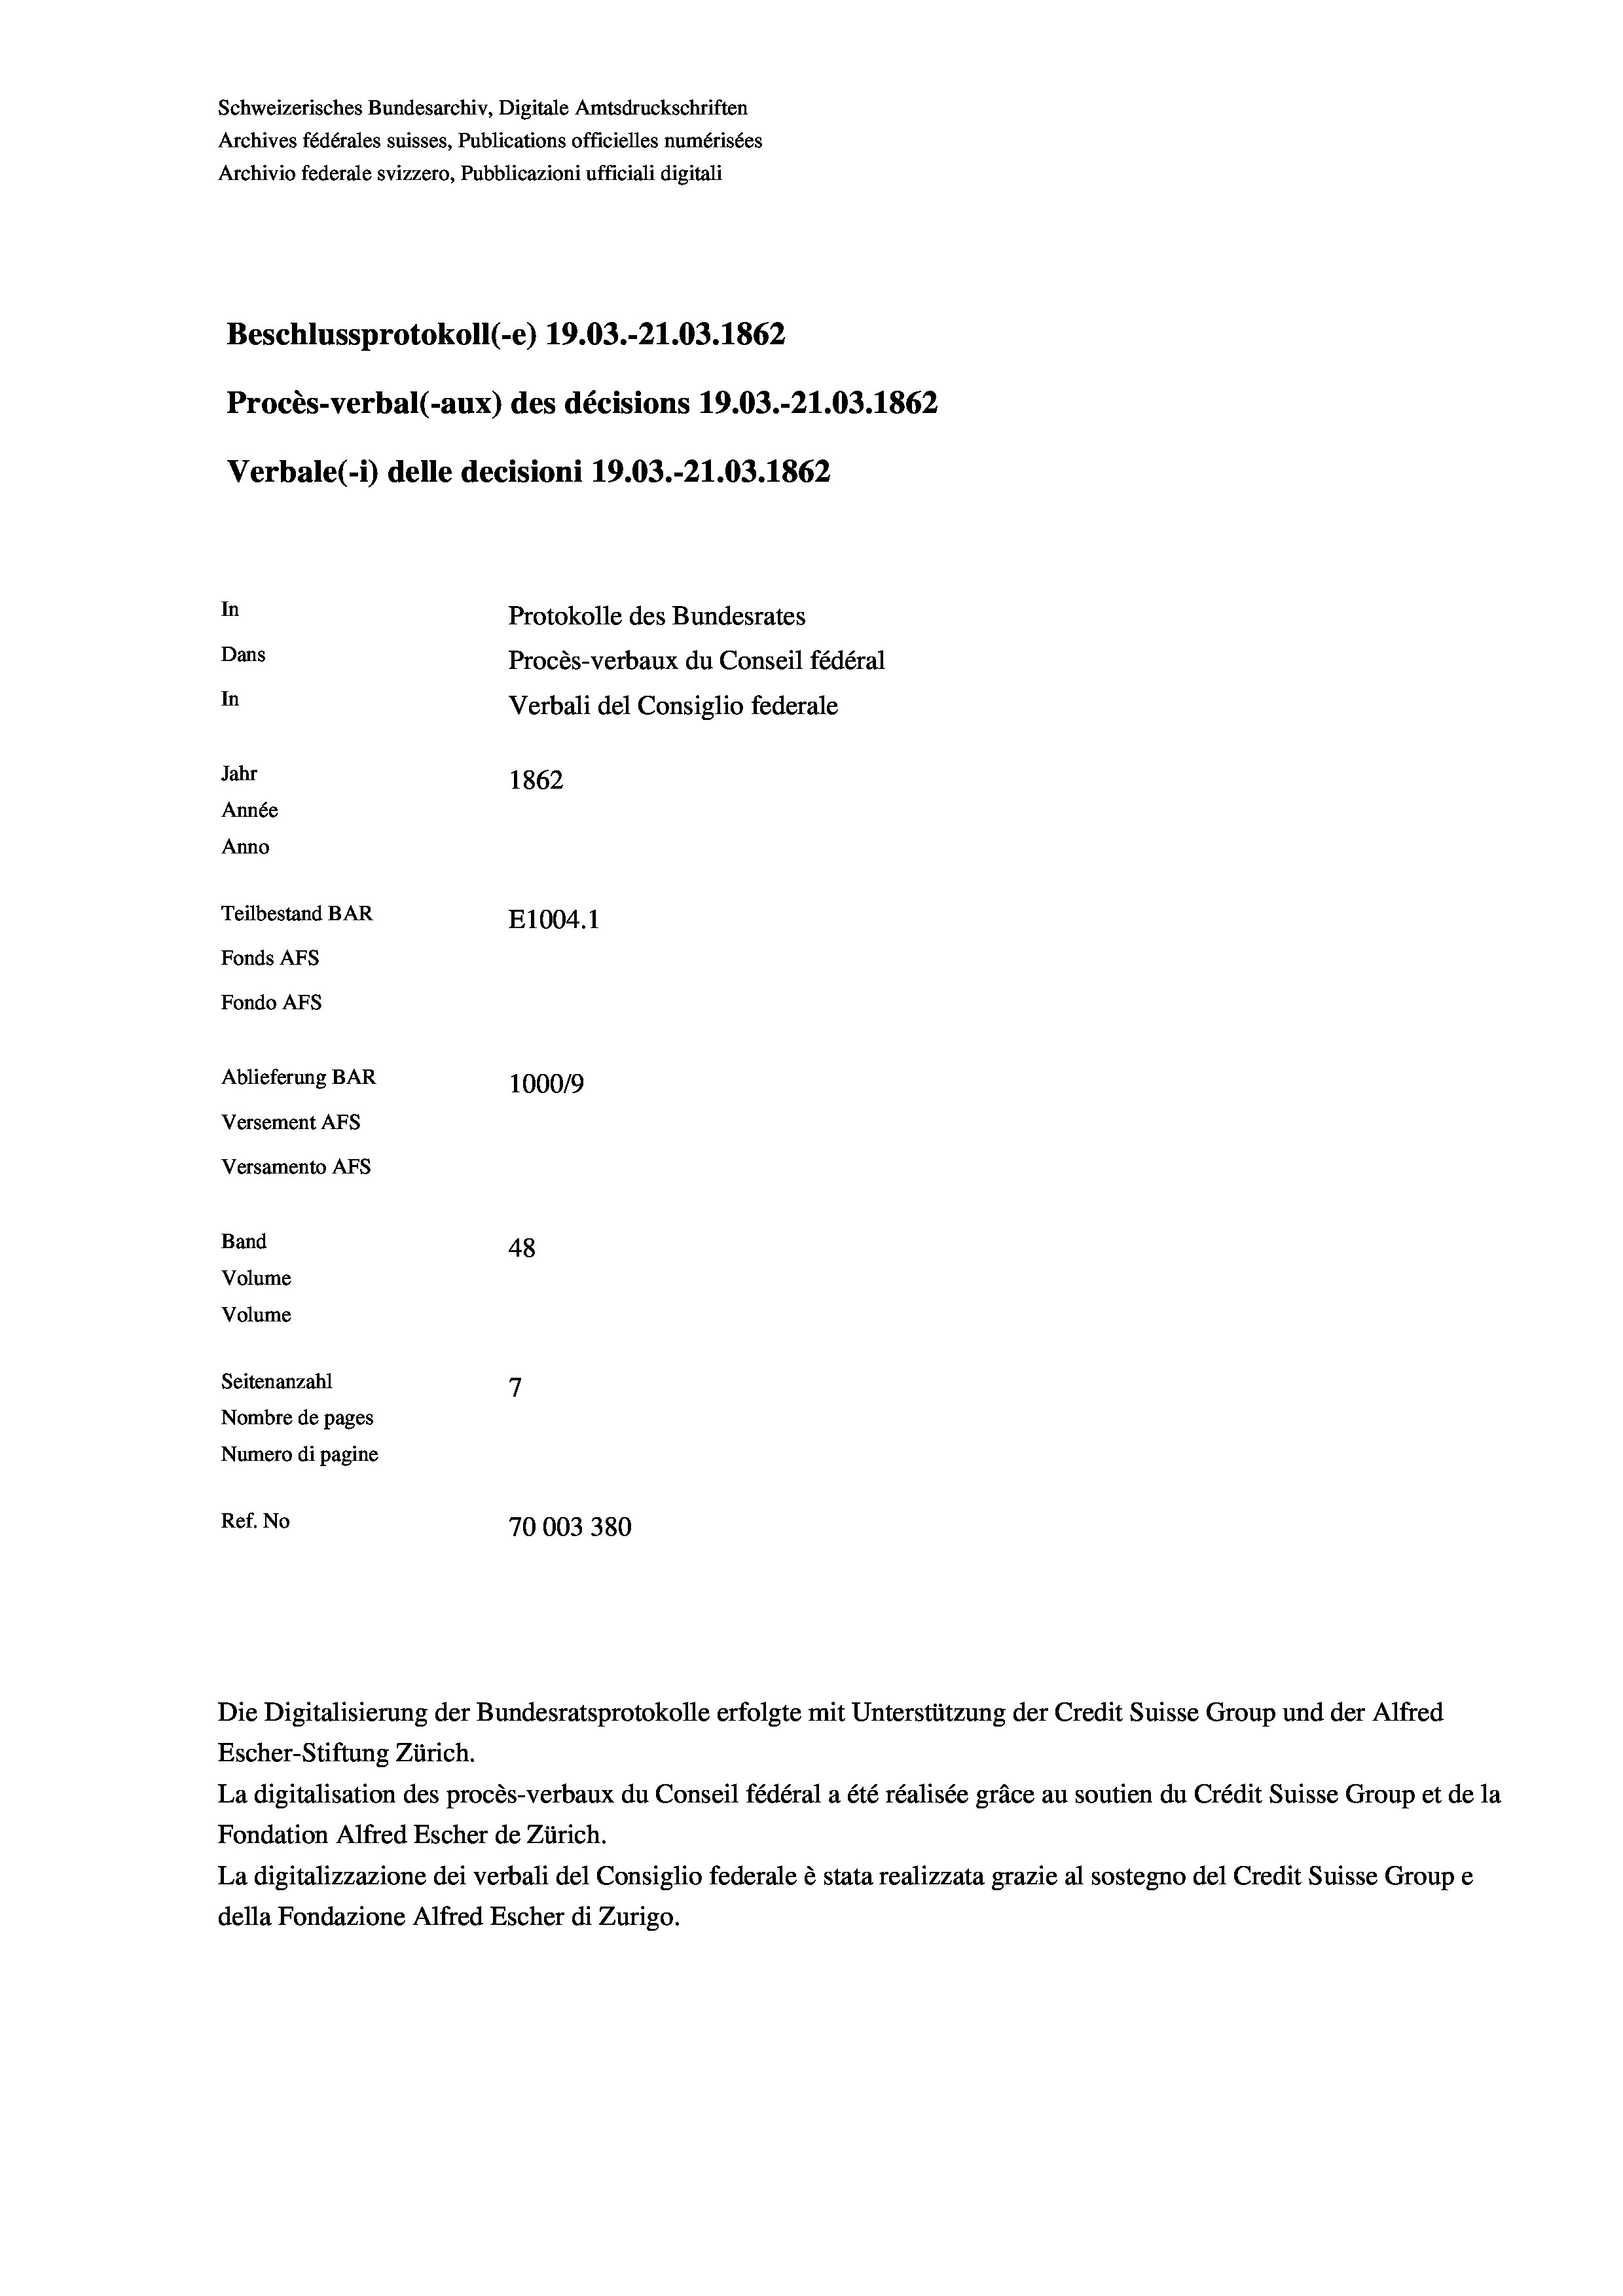
Schweizerisches Bundesarchiv, Digitale Amtsdruckschriften
Archives fédérales suisses, Publications officielles numérisées
Archivio federale svizzero, Pubblicazioni ufficiali digitali
Beschlussprotokoll (e) 19.03.-21.03. 1862
Procès-verbal (-aux) des décisions 19.03.-21.03. 1862
Verbale(-*) delle decisioni 19.03.-21.03. 1862
In
Protokolle des Bundesrates
Dans
Procès-verbaux du Conseil fédéral
In
Verbali del Consiglio federale
Jahr
1862
Année
Anno
Teilbestand BAR
E1004. 1
Fonds AFs
Fondo AFs
Ablieferung BAR
100019
Versement AFs
Versamento AFs
Band
48
Volume
Volume
7
Seitenanzahl
Nombre de pages
Numero di pagine
Ref. No
70003380

Escher-Stiftung Zürich.
La digitalisation des procès-verbaux du Conseil fédéral a été réalisée gräce au soutien du Crédit Suisse Group et de la
Fondation Alfred Escher de Zürich.
La digitalizzazione dei verbali del Consiglio federale è stata realizzata grazie al sostegno del Credit Suisse Groupe
della Fondazione Alfred Escher di Zurigo.

Die Digitalisierung der Bundesratsprotokolle erfolgte mit Unterstützung der Credit Suisse Group und der Alfred